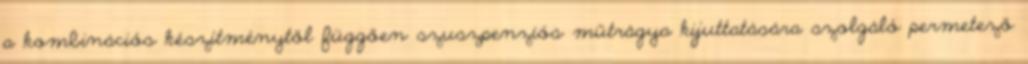
a kombinációs készítménytől függően szuszpenziós műtrágya kijuttatására szolgáló permetező